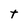
Character: t